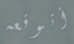
أتوقعه